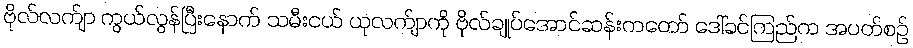
ဗိုလ်လက်ျာ ကွယ်လွန်ပြီးနောက် သမီးငယ် ယုလက်ျာကို ဗိုလ်ချုပ်အောင်ဆန်းကတော် ဒေါ်ခင်ကြည်က အပတ်စဉ်